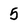
Character: 5